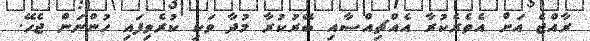
ރާއްޖެ އަށް އެތެރެކުރާ އެއްޗިއްސާއި ބޭރުކުރާ މުދާ ވަކި ކުރެވިފައި ހުންނަން ޖެހޭ.